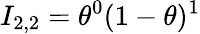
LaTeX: I_{2,2}=\theta^{0}(1-\theta)^{1}